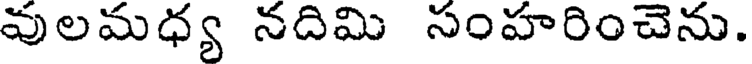
వులమధ్య నదిమి సంహరించెను.